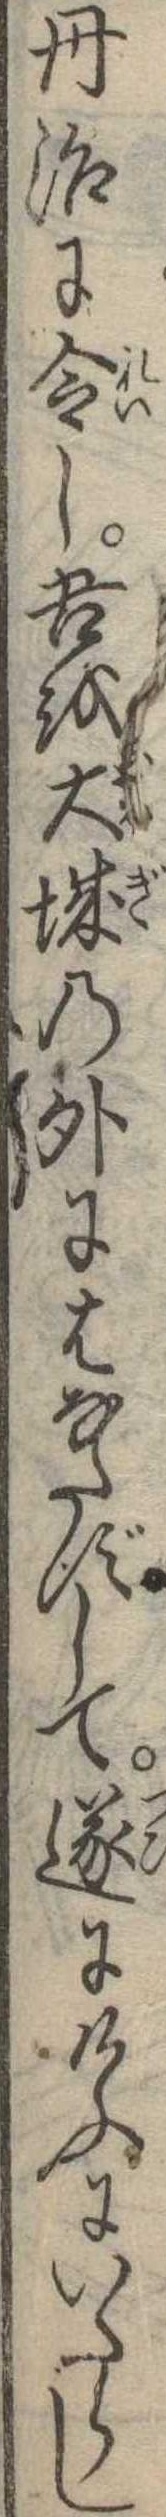
丹治に令し吾を大城の外にはなたずして遂にけふにいたらし